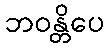
ဘဝန္တိပေ